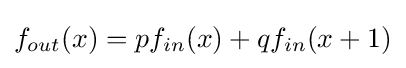
f_{out}(x)=pf_{in}(x)+qf_{in}(x+1)